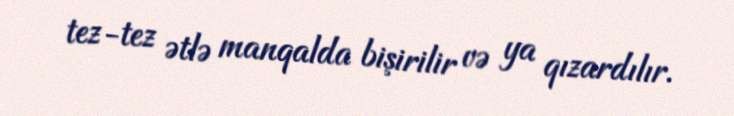
tez-tez ətlə manqalda bişirilir və ya qızardılır.